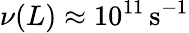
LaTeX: \nu(L)\approx 10^{11}\, \mathrm{s}^{-1}